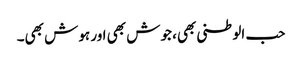
حب الوطنی بھی، جوش بھی اور ہوش بھی۔